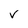
Character: v